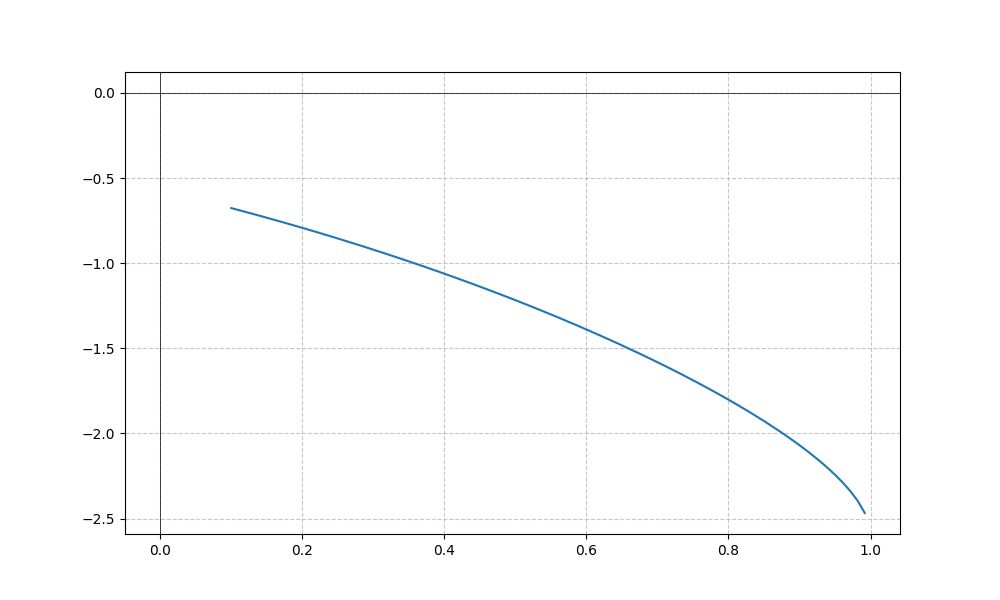
LaTeX formula: \cos{\left(x \right)} - \operatorname{acos}{\left(- x \right)}